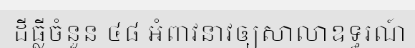
ដីធ្លីចំនួន ៤៨ អំពាវនាវឲ្យសាលាឧទ្ធរណ៍